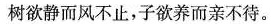
树欲静而风不止，子欲养而亲不待。